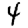
Digit: 4